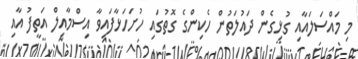
މި މައްސަލައާއި ގުޅިގެން ދައުލަތުން ހެކިންގެ ގޮތުގައި ހުށަހަޅާފައިވާ އިސްމާއިލް އަތީފު އާއި